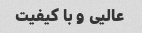
عالیی و با کیفیت